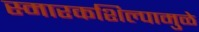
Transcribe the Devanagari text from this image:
स्मारकशिल्पामुळे